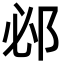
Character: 邲